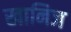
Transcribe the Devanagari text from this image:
खानिज